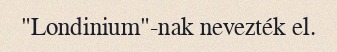
"Londinium"-nak nevezték el.